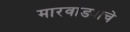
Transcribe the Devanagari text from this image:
मारवाड्याचे